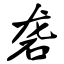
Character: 砻